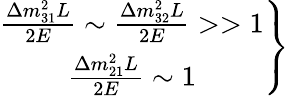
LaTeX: \left.\begin{array}{c}{{\frac{\Delta m_{31}^{2}L}{2E}\sim\frac{\Delta m_{32}^{2}L}{2E}>>1}}\\ {{\frac{\Delta m_{21}^{2}L}{2E}\sim 1}}\end{array}\right\}